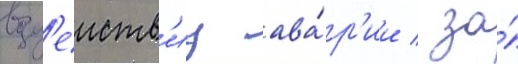
возд'еиств'иу ава́р'ии / за́